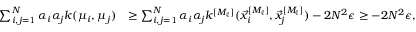
\begin{array} { r l } { \sum _ { i , j = 1 } ^ { N } \alpha _ { i } \alpha _ { j } k ( \mu _ { i } , \mu _ { j } ) } & { \geq \sum _ { i , j = 1 } ^ { N } \alpha _ { i } \alpha _ { j } k ^ { [ M _ { \ell } ] } ( \vec { x } _ { i } ^ { [ M _ { \ell } ] } , \vec { x } _ { j } ^ { [ M _ { \ell } ] } ) - 2 N ^ { 2 } \epsilon \geq - 2 N ^ { 2 } \epsilon , } \end{array}